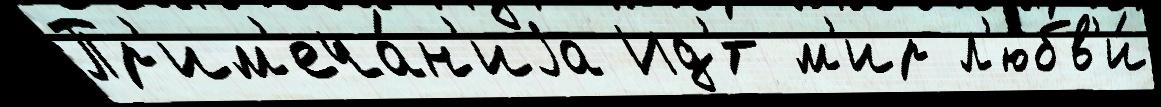
Пр'им'еча́н'иjа Ид'́т м'ир л'юбв'и́